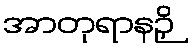
အာတုရာနဉှိ